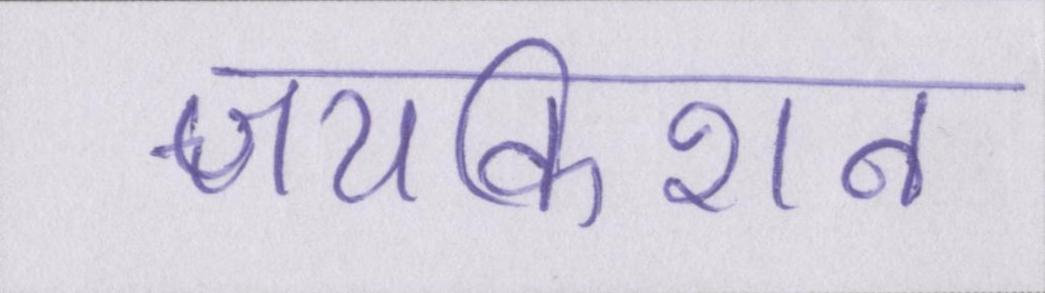
जयकिशन